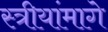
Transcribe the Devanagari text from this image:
स्त्रीयांमागे